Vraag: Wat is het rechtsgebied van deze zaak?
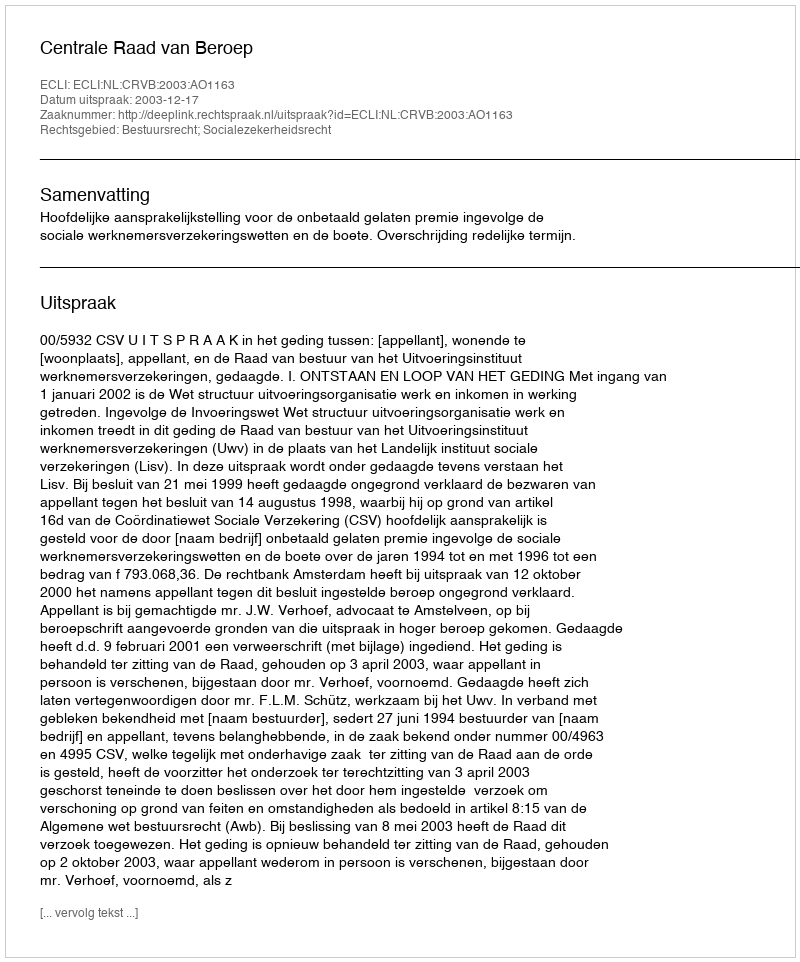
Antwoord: Bestuursrecht; Socialezekerheidsrecht